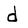
Character: d